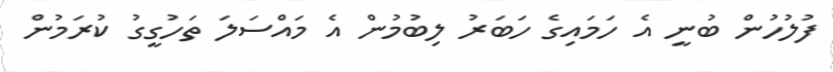
ފުލުހުން ބުނީ އެ ހަމައިގެ ހަބަރު ލިބުމުން އެ މައްސަލަ ތަހުގީގު ކުރަމުން